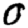
Digit: 0